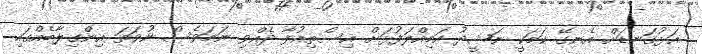
އަޅުގަނޑަށް އެނގޭ ކަމަކީ ނަޝީދު އަމިއްލަފުޅަށް އިސްތިއުފާ ދެއްވި ނަމަވެސް ނުވަތަ އިންގިލާބެއްގައި